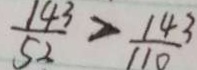
\frac { 1 4 3 } { 5 2 } > \frac { 1 4 3 } { 1 1 0 }